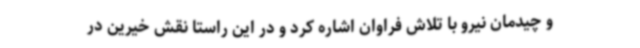
و چیدمان نیرو با تلاش فراوان اشاره کرد و در این راستا نقش خیرین در